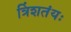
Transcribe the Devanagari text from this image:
त्रिंशतंयः